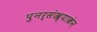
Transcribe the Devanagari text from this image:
पुनर्संख्याकंन